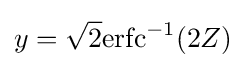
y={\sqrt {2}}\mathrm {erfc} ^{-1}(2Z)